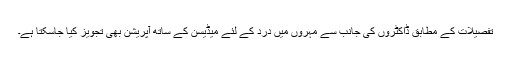
تفصیلات کے مطابق ڈاکٹروں کی جانب سے مہروں میں درد کے لئے میڈیسن کے ساتھ آپریشن بھی تجویز کیا جاسکتا ہے۔